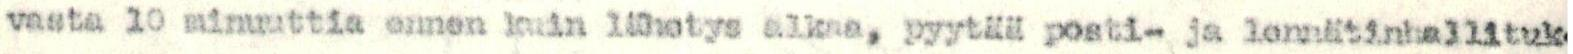
vasta 10 minuuttia ennen kuin lähetys alkaa, pyytää posti- ja lennätinhallituk-